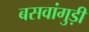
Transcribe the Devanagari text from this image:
बसवांगुड़ी